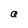
Character: a